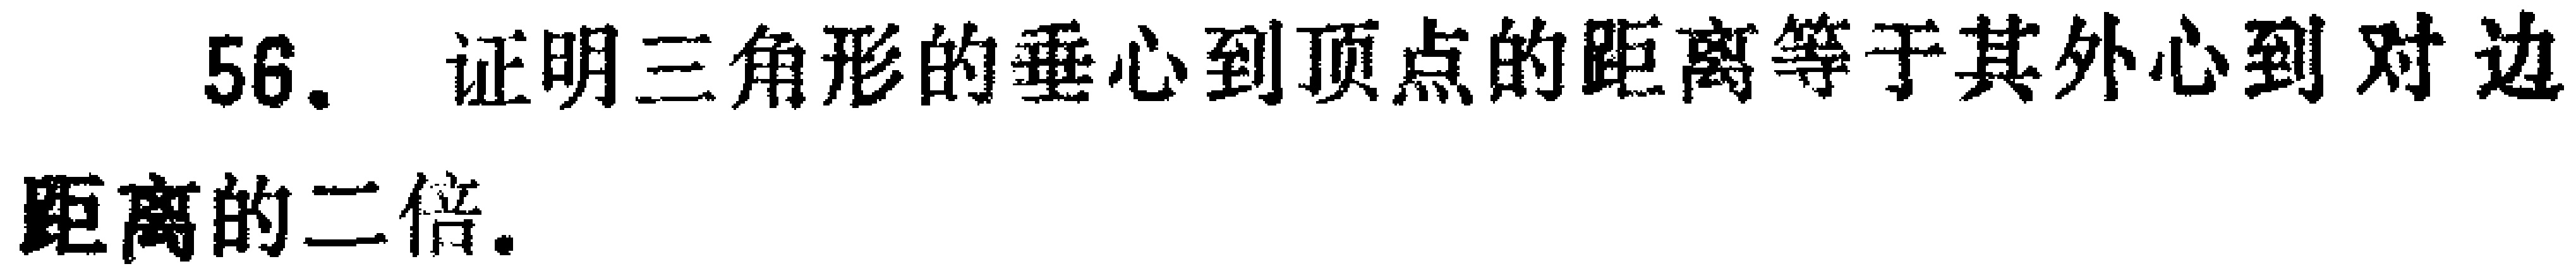
56. 证明三角形的垂心到顶点的距离等于其外心到对边距离的二倍.